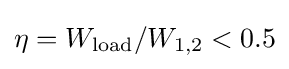
\eta =W_{\text{load}}/W_{\text{1,2}}<0.5